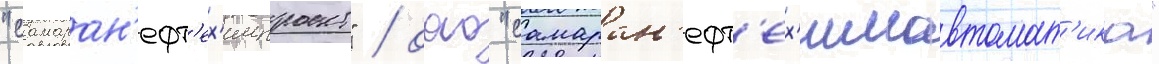
"самаран'ефт'ех'импроект" / оао "самаран'ефт'ех'имавтомат'ика"